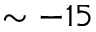
\sim - 1 5